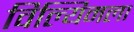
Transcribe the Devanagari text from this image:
विल्यिमला